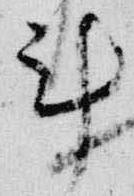
計